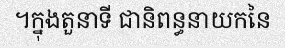
។ក្នុងតួនាទី ជានិពន្ធនាយកនៃ